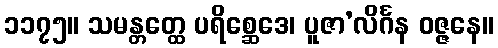
၁၁၇၅။ သမန္တတ္ထေ ပရိစ္ဆေဒေ၊ ပူဇာ’လိင်္ဂန ဝဇ္ဇနေ။